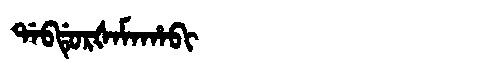
Manchu: ᡩᠠᠪᡩᡠᡵᡧᠠᠮᠠᡥᠠᠪᡳ
Romanization: DABDURŠAMAHABI